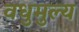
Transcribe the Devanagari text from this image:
वधुमुल्य